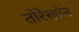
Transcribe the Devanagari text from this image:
तोरेखोन